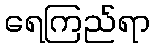
ရေကြည်ရာ